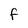
Character: f